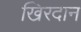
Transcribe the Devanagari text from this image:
खिरदान